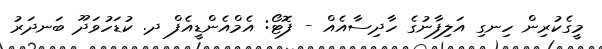
މީގެކުރިން ހިނގި އަލިފާނުގެ ހާދިސާއެއް - ފޮޓޯ: އެމްއެންޑީއެފް ދ. ކުޑަހުވަދޫ ބަނދަރު